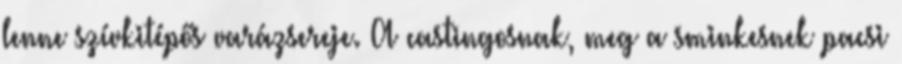
lenne szívkitépős varázsereje. A castingosnak, meg a sminkesnek pacsi